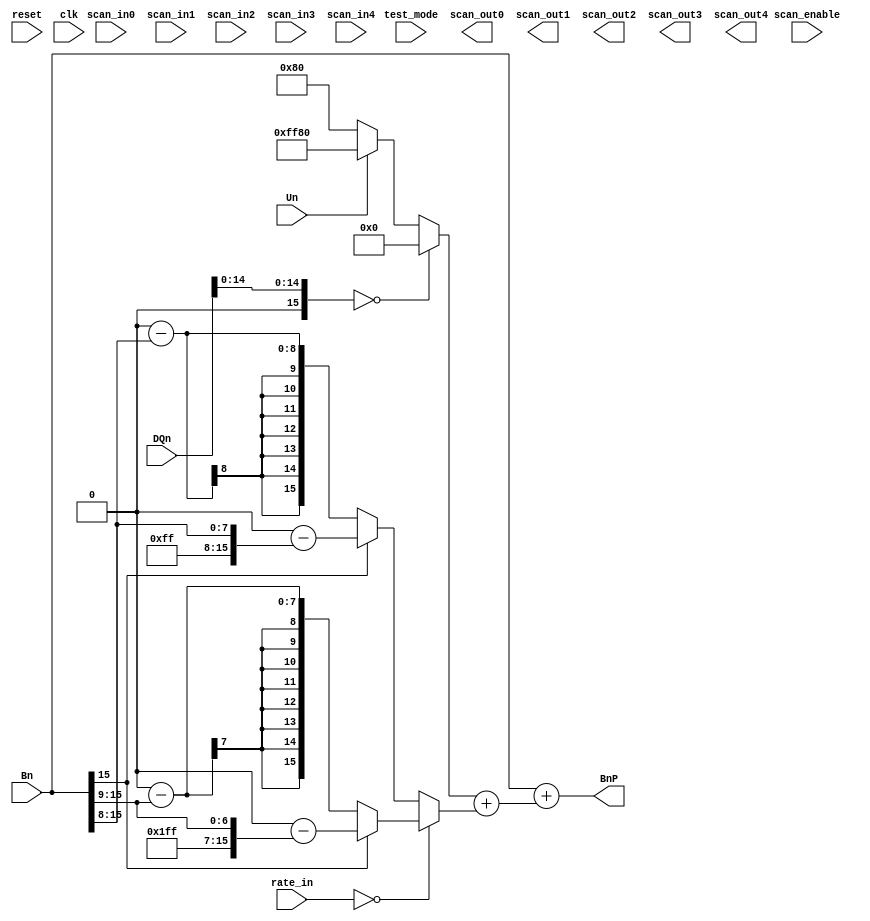
/*

Descrition		: Block for updating "B" coefficients in the 6th order predictor

Author		: David Malanga

Revision History	:
//----------------------------------------------------------------------------------
2/13/16	-	Initial creation (not sure what the rate input looks like at this point, may need to be edited).
2/20/16	-	Improved the structure of the code, and got rid of unnecessary shifting and masking.
2/22/16	-	Changed variable name from DQ to DQn
//----------------------------------------------------------------------------------

*/
module UPB (
input			reset,
input			clk,
input	[1:0]		rate_in,
input			Un,
input [15:0]	DQn,
input [15:0]	Bn,
input			scan_in0,
input			scan_in1,
input			scan_in2,
input			scan_in3,
input			scan_in4,
input			scan_enable,
input			test_mode,
output		scan_out0,
output		scan_out1,
output		scan_out2,
output		scan_out3,
output		scan_out4,
output reg [15:0] BnP
	);

wire [15:0] DQnMAG;	// Just the magnitude of DQ (strips the sign bit)

wire 		BnS;		// sign bit of input B

wire [15:0] UBn;

reg [15:0] UGBn;		// Gain factor
reg [15:0] ULBn;		// Leak Factor (feed back input)

assign DQnMAG = {1'b0, DQn[14:0]};	// Assign to the magnitude of DQ

assign BnS = Bn[15];	// Grab the sign bit of the coefficient input

// Updates UGB
always@ (DQnMAG, Un) begin
	if (DQnMAG == 16'h0000) begin
		UGBn <= 16'h0000;		// If DQnMAG is 0, gain factor is 0
	end else if (Un) begin
		UGBn <= 16'hFF80;		// If Un is 1, gain is -1/128.
	end else begin
		UGBn <= 16'h0080;		// If Un is 0, gain is +1/128.
	end
end

// Updates ULB
always@ (Bn, BnS, rate_in) begin
	if (rate_in == 2'b00) begin
		if (BnS) begin
			ULBn <= 17'h10000 - ({9'h1FF, Bn[15:9]});
		end else begin
			ULBn <= 17'h10000 - ({9'h000, Bn[15:9]});
		end
	end else begin
		if (BnS) begin
			ULBn <= 17'h10000 - ({8'hFF, Bn[15:8]});
		end else begin
			ULBn <= 17'h10000 - ({8'h00, Bn[15:8]});
		end
	end
end

assign UBn = UGBn + ULBn;

// Adds the gain to Bn, and updates the output coefficient
always@ (UBn, Bn) begin
	
	BnP <= Bn + UBn;
end

endmodule // UPB